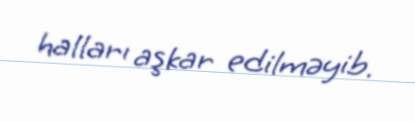
halları aşkar edilməyib.